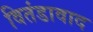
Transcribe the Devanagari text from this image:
वितंडावाद